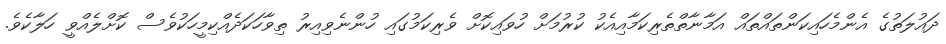
ދައުލަތުގެ އެންމެހައިކަންތައްތައް އަމާނާތްތެރިކަމާއިއެކު ކުރުމަށް ހުވައިކޮށް ވެރިކަމުގައި ހުންނެވިއިރު ތިވާހަކަދެއްކިމީހަކުވެސް ކޮށްލެއްވީ ހަލާކެވެ.